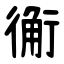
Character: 䚘